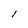
Character: i